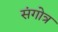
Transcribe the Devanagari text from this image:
संगोत्र